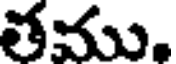
తము,